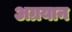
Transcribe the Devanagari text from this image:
अग्रयान